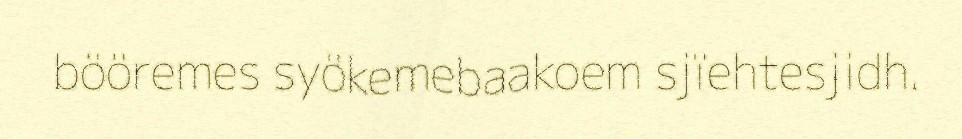
bööremes syökemebaakoem sjïehtesjidh.